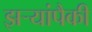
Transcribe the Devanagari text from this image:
झऱ्यांपैकी